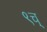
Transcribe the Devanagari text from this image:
९च्